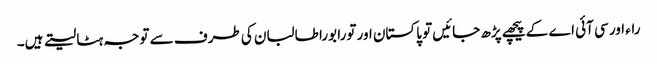
راء اور سی آئی اے کے پیچھے پڑھ جائیں تو پاکستان اور تورا بورا طالبان کی طرف سے توجہ ہٹا لیتے ہیں۔